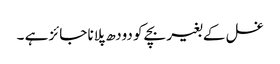
غسل کے بغیر بچے کو دودھ پلانا جائز ہے ۔